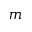
m